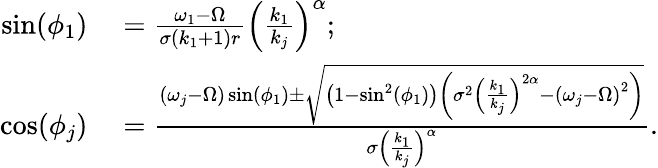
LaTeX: \begin{array}{rl}{\sin(\phi_{1})}&{{}=\frac{\omega_{1}-\Omega}{\sigma\left(k_{1}+1\right)r}\left(\frac{k_{1}}{k_{j}}\right)^{\alpha};}\\ {\cos(\phi_{j})}&{{}=\frac{\left(\omega_{j}-\Omega\right)\sin(\phi_{1})\pm\sqrt{\left(1-\sin^{2}(\phi_{1})\right)\left(\sigma^{2}\left(\frac{k_{1}}{k_{j}}\right)^{2\alpha}-\left(\omega_{j}-\Omega\right)^{2}\right)}}{\sigma\left(\frac{k_{1}}{k_{j}}\right)^{\alpha}}.}\end{array}